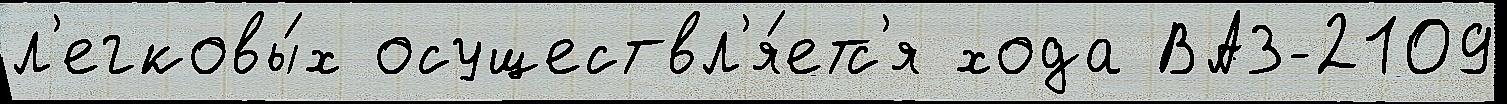
л'егковы́х осуществл'я́етс'я хода ВАЗ-2109